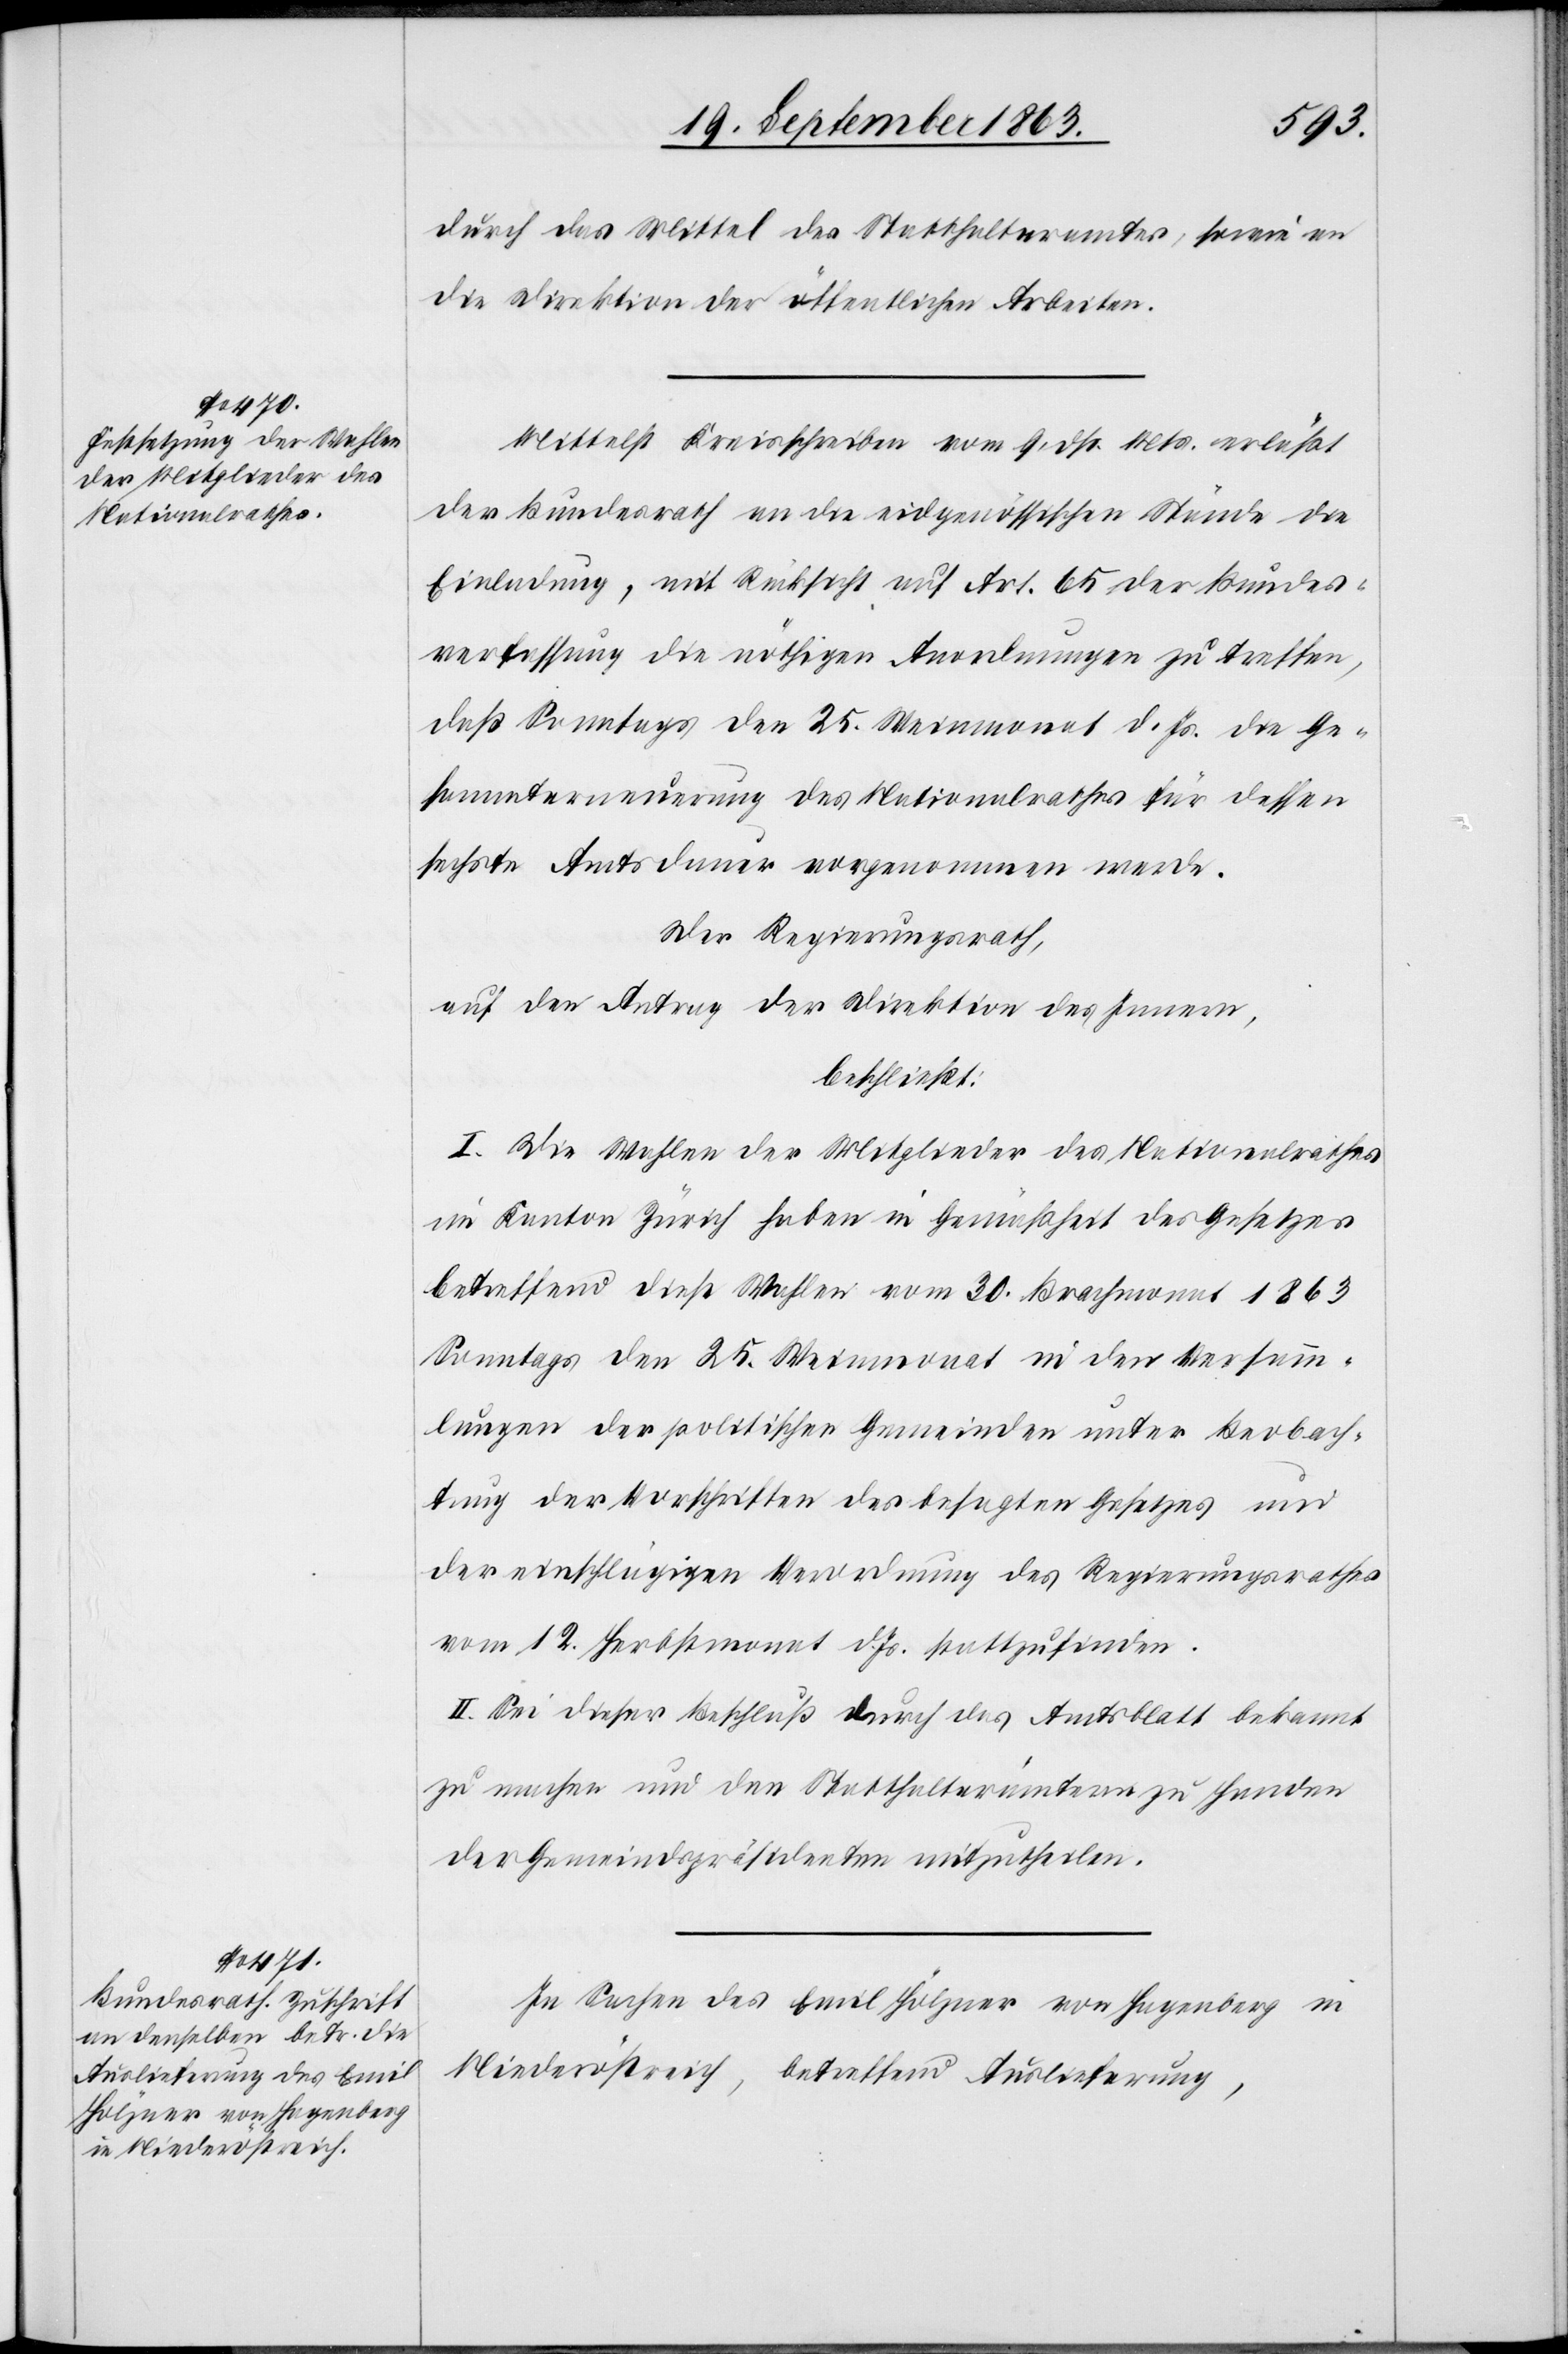
durch das Mittel des Statthalteramtes, sowie an
die Direktion der öffentlichen Arbeiten.
Mittelst Kreisschreiben vom 9. dß. Mts. erläßt
der Bundesrath an die eidgenössischen Stände die
Einladung, mit Rücksicht auf Art. 65 der Bundes¬
verfassung die nöthigen Anordnungen zu treffen,
daß Sonntags den 25. Weinmonat d. Js. die Ge¬
sammterneuerung des Nationalrathes für dessen
sechste Amtsdauer vorgenommen werde.
Der Regierungsrath,
auf den Antrag der Direktion des Innern,
beschließt:
I. Die Wahlen der Mitglieder des Nationalrathes
im Kanton Zürich haben in Gemäßheit des Gesetzes
betreffend diese Wahlen vom 30. Brachmonat 1863
Sonntags den 25. Weinmonat in den Versamm¬
lungen der politischen Gemeinden unter Beobach¬
tung der Vorschriften des besagten Gesetzes und
der einschlägigen Verordnung des Regierungsrathes
vom 12. Herbstmonat d. Js. stattzufinden.
II. Sei dieser Beschluß durch das Amtsblatt bekannt
zu machen und den Statthalterämtern zu Handen
der Gemeindspräsidenten mitzutheilen.
In Sachen des Emil Hölzner von Hagenberg in
Niederöstreich, betreffend Auslieferung,